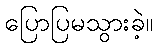
ပြောပြမသွားခဲ့။